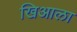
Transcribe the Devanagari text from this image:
खिआला